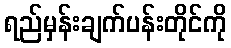
ရည်မှန်းချက်ပန်းတိုင်ကို